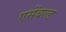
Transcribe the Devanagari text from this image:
एसेंबल्ड